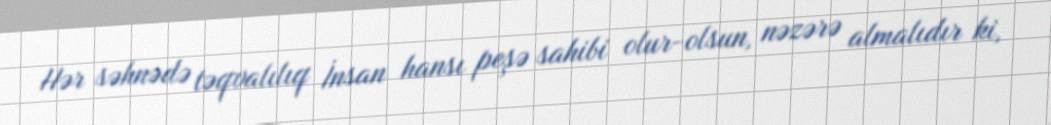
Hər səhnədə təqvalılıq İnsan hansı peşə sahibi olur-olsun, nəzərə almalıdır ki,